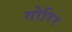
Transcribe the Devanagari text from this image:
गोरिर